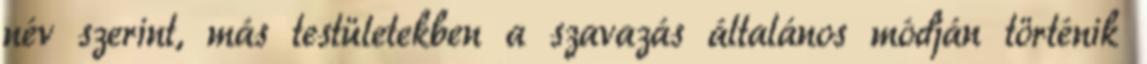
név szerint, más testületekben a szavazás általános módján történik